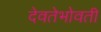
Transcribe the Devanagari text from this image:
देवतेभोवती